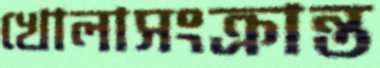
খোলাসংক্রান্ত